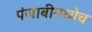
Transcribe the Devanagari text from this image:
पंजाबीमध्येच